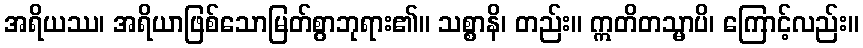
အရိယဿ၊ အရိယာဖြစ်သောမြတ်စွာဘုရား၏။ သစ္စာနိ၊ တည်း။ ဣတိတသ္မာပိ၊ ကြောင့်လည်း။